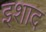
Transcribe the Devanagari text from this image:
इशाद